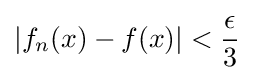
\left|f_{n}(x)-f(x)\right|<{\frac {\epsilon }{3}}